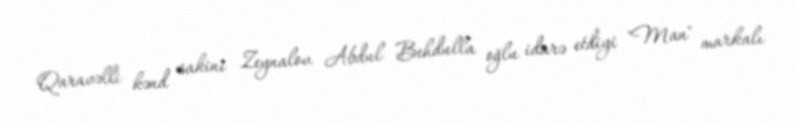
Qaravəlli kənd sakini Zeynalov Abdul Behdulla oğlu idarə etdiyi "Man" markalı